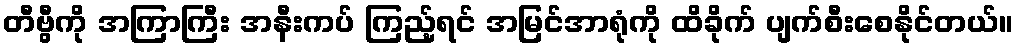
တီဗွီကို အကြာကြီး အနီးကပ် ကြည့်ရင် အမြင်အာရုံကို ထိခိုက် ပျက်စီးစေနိုင်တယ်။